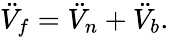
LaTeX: \ddot{V}_{f}=\ddot{V}_{n}+\ddot{V}_{b}.